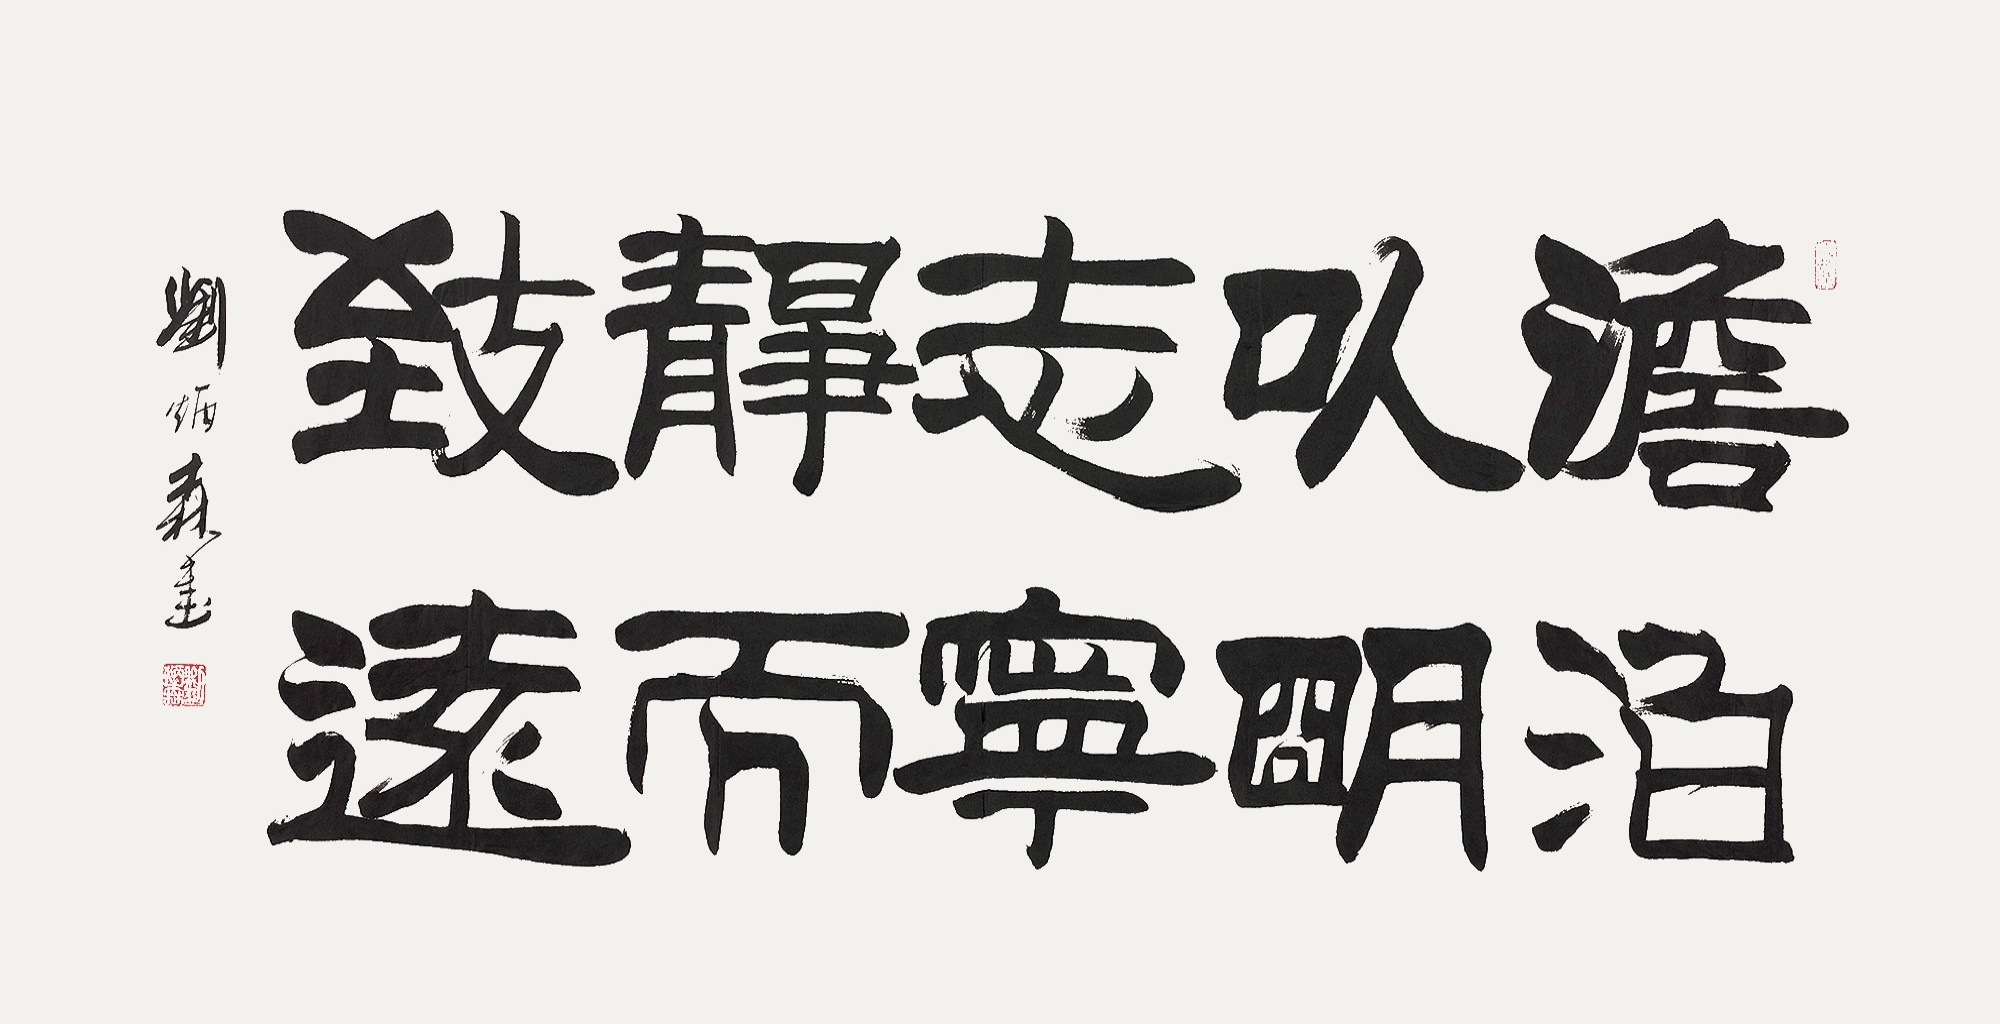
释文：澹泊以明志，宁静而致远。刘炳森书。